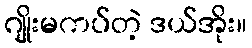
ဂျိုးမကပ်တဲ့ ဒယ်အိုး။